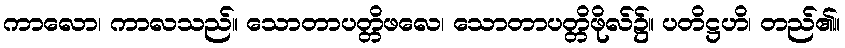
ကာလော၊ ကာလသည်။ သောတာပတ္တိဖလေ၊ သောတာပတ္တိဖိုလ်၌။ ပတိဋ္ဌဟိ၊ တည်၏။